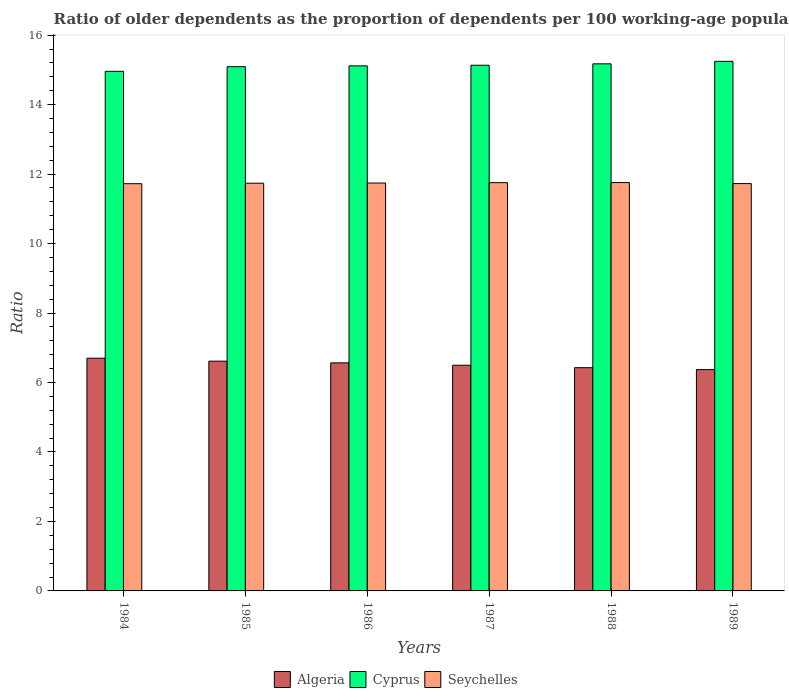
| Years | Algeria | Cyprus | Seychelles |
 | --- | --- | --- | --- |
 | 1984 | 6.7 | 15 | 11.7 |
 | 1985 | 6.61 | 15.1 | 11.7 |
 | 1986 | 6.57 | 15.1 | 11.7 |
 | 1987 | 6.5 | 15.1 | 11.8 |
 | 1988 | 6.43 | 15.2 | 11.8 |
 | 1989 | 6.37 | 15.2 | 11.7 |